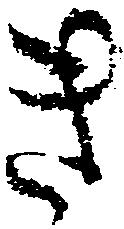
き